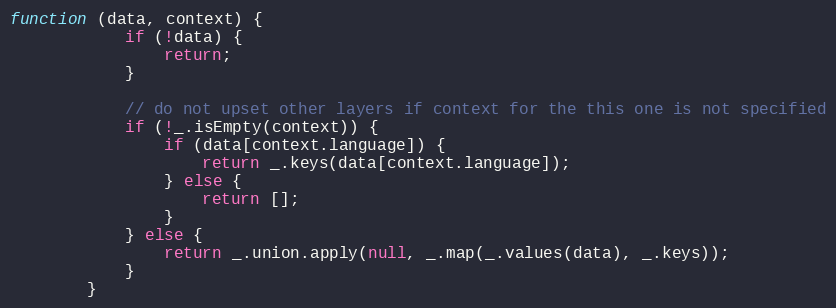
Language: JavaScript
function (data, context) {
            if (!data) {
                return;
            }

            // do not upset other layers if context for the this one is not specified
            if (!_.isEmpty(context)) {
                if (data[context.language]) {
                    return _.keys(data[context.language]);
                } else {
                    return [];
                }
            } else {
                return _.union.apply(null, _.map(_.values(data), _.keys));
            }
        }